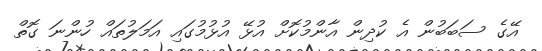
އޭގެ ސަބަބުން އެ ކުދިން އާންމުކޮށް އުޅޭ އުޅުމުގައި އަމަލުތައް ހުންނަ ގޮތް